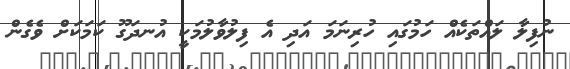
ނުފިލާ ލައްތަކެއް ހަމުގައި ހުރިނަމަ އަދި އެ ފިލުވާލުމަކީ އުނދަގޫ ކަމަކަށް ވެގެން